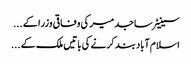
سینیٹر ساجد میر کی وفاقی وزرا کے ...
اسلام آباد بند کرنے کی باتیں ملک کے ...